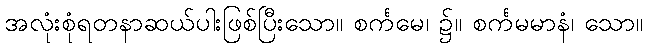
အလုံးစုံရတနာဆယ်ပါးဖြစ်ပြီးသော။ စင်္ကမေ၊ ၌။ စင်္ကမမာနံ၊ သော။